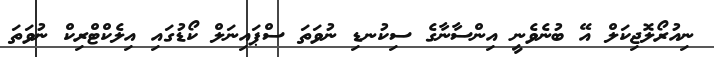
ނިއުރޯލޮޖިކަލް އޭ ބުނެވެނީ އިންސާނާގެ ސިކުނޑި ނުވަތަ ސްޕައިނަލް ކޯޑުގައި އިލެކްޓްރިކް ނުވަތަ